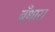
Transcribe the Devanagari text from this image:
बँधारा